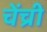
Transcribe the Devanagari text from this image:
चेंच्री